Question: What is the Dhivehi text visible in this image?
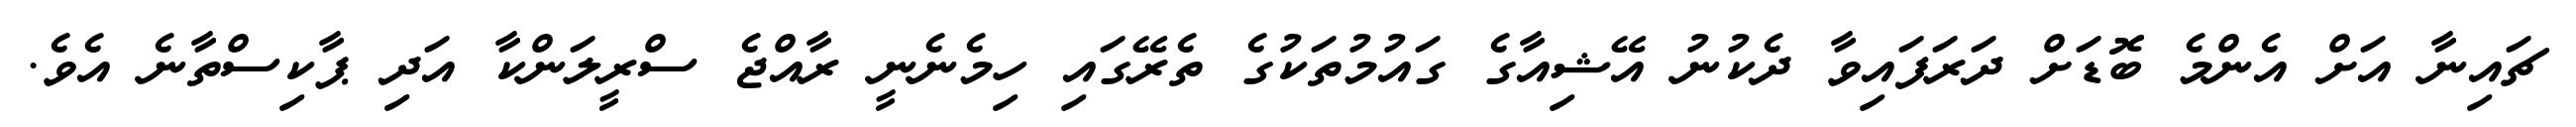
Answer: ޗައިނާ އަށް އެންމެ ބޮޑަށް ދަރަފައިވާ ދެކުނު އޭޝިއާގެ ގައުމުތަކުގެ ތެރޭގައި ހިމެނެނީ ރާއްޖެ ސްރީލަންކާ އަދި ޕާކިސްތާނެ އެވެ.